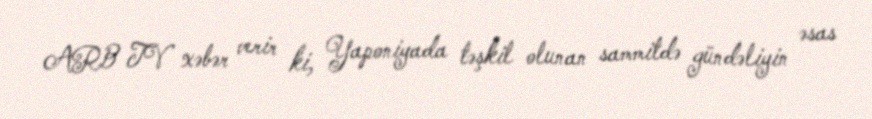
ARB TV xəbər verir ki, Yaponiyada təşkil olunan sammitdə gündəliyin əsas